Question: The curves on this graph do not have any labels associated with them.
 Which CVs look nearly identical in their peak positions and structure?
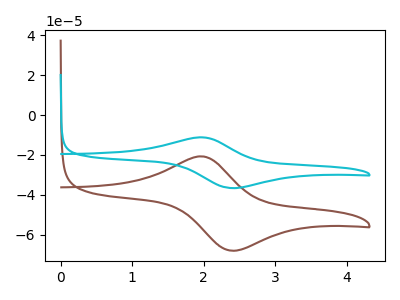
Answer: <think>The brown curve "brown" has an anodic peak at (1.95V, -20.70uA) and a cathodic peak at (2.40V, -68.00uA). The cyan curve "cyan" has an anodic peak at (1.95V, -11.15uA) and a cathodic peak at (2.40V, -36.65uA).
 All the peaks in "brown" have a peak in "cyan" at the same potential.</think>
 <answer>"brown" and "cyan" have the same shape and are likely CV's of the same chemical.</answer>
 <eval>"brown" "cyan"</eval>